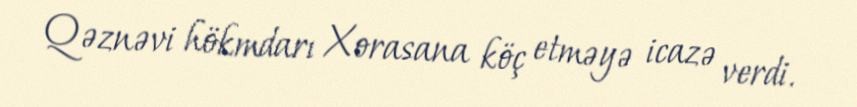
Qəznəvi hökmdarı Xorasana köç etməyə icazə verdi.